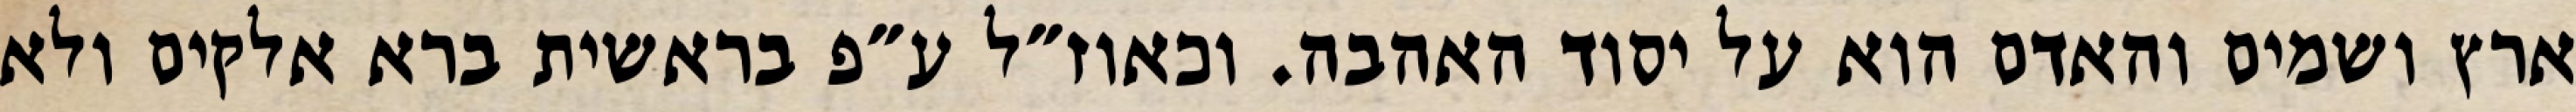
ארץ ושמים והאדם הוא על יסוד האהבה. וכאוז״ל ע״פ בראשית ברא אלקים ולא